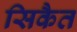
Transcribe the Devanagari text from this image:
सिकैत